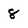
Character: 8